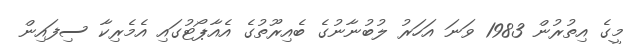
މީގެ އިތުރުން 1983 ވަނަ އަހަރު ލުބުނާނުގެ ބެއިރޫތުގެ އެއާޕޯޓުގައި އެމެރިކާ ސިފައިން